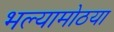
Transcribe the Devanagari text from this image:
भल्यामोठया